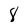
Character: 8